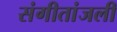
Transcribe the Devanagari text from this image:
संगीतांजली